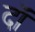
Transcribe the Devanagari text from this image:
दॉ